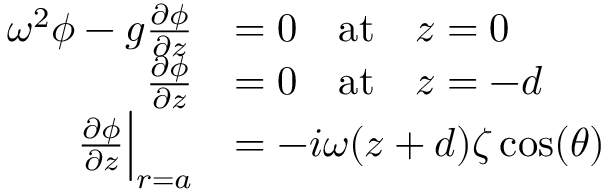
\begin{array} { r l } { \omega ^ { 2 } \phi - g \frac { \partial \phi } { \partial z } } & { = 0 \quad \mathrm { a t } \quad z = 0 } \\ { \frac { \partial \phi } { \partial z } } & { = 0 \quad \mathrm { a t } \quad z = - d } \\ { \frac { \partial \phi } { \partial z } \Bigr | _ { r = a } } & { = - i \omega ( z + d ) \zeta \cos ( \theta ) } \end{array}